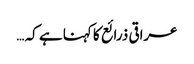
عراقی ذرائع کا کہنا ہے کہ …